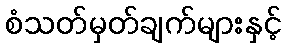
စံသတ်မှတ်ချက်များနှင့်